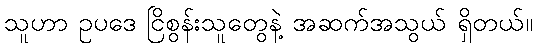
သူဟာ ဥပဒေ ငြိစွန်းသူတွေနဲ့ အဆက်အသွယ် ရှိတယ်။